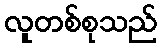
လူတစ်စုသည်